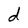
Character: d